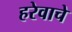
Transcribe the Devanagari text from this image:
हरेवाचे